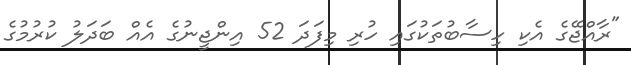
"ރާއްޖޭގެ އެކި ހިސާބުތަކުގައި ހުރި މިފަދަ 52 އިންޖީނުގެ އެއް ބަދަލު ކުރުމުގެ